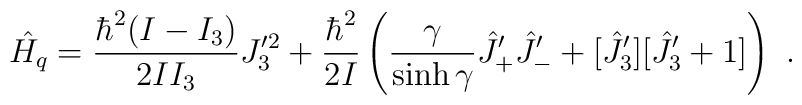
\hat{H_q}=\frac{\hbar^2(I-I_3)}{2II_3}J_3^{\prime 2}+\frac{\hbar^2}{2I}    \left(\frac{\gamma}{\sinh\gamma}\hat{J}_{+}^\prime \hat{J}_{-}^\prime    +[\hat{J}_{3}^\prime ][\hat{J}_{3}^\prime +1]\right)~.